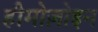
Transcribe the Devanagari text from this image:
हीमोज़ोइन